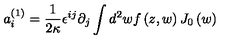
a _ { i } ^ { \left( 1 \right) } = \frac { 1 } { 2 \kappa } \epsilon ^ { i j } \partial _ { j } \int d ^ { 2 } w f \left( z , w \right) J _ { 0 } \left( w \right)